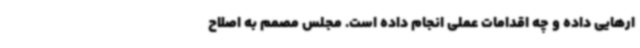
ارهایی داده و چه اقدامات عملی انجام داده است. مجلس مصمم به اصلاح